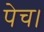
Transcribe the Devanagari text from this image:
पेच।